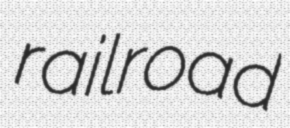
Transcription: railroad